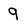
Character: 9